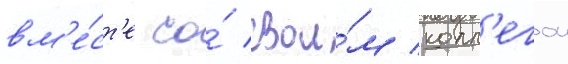
вм'е́ст'е со́ свои́м колл'егои